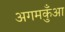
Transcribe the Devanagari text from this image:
अगमकुँआ